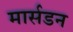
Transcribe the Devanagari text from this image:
मार्सडन